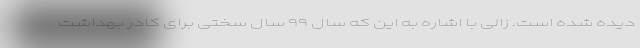
دیده شده است. زالی با اشاره به این که سال ۹۹ سال سختی برای کادر بهداشت